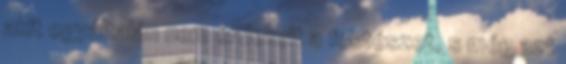
akit egyáltalán nem érdekelt a festészet, s még azt